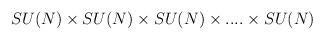
LaTeX: \begin{align*}SU(N) \times SU(N) \times SU(N) \times . . . . \times SU(N)\end{align*}